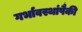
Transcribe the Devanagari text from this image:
गर्भावस्थांपैकी